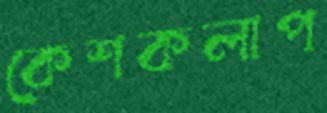
কেশকলাপ